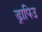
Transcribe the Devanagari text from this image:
ड्रापिउ